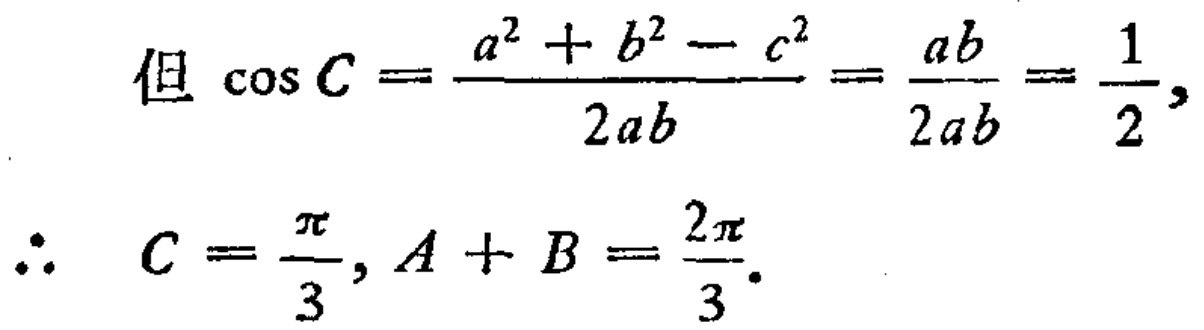
\[
\begin{align*}
\text{但}\ \cos C&=\frac{a^{2}+b^{2}-c^{2}}{2ab}=\frac{ab}{2ab}=\frac{1}{2},\\
\therefore\ C&=\frac{\pi}{3},A + B=\frac{2\pi}{3}.
\end{align*}
\]